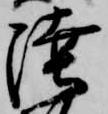
陸